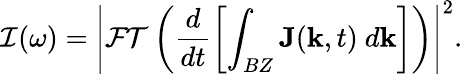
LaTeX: \mathcal{I}(\omega)=\left|\mathcal{FT}\left(\frac{d}{dt}\left[\int_{BZ}\textbf{J}(\mathbf{k},t)~d{\textbf{k}}\right]\right)\right|^{2}.